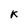
Character: k